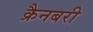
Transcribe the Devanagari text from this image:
क्रैनबरी